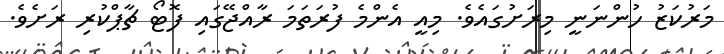
މަރުކަޒު ހުންނަނީ މިރަށުގައެވެ. މިއީ އެންމެ ފުރަތަމަ ރާއްޖޭގައި ފޮޓޯ ޗާޕްކުރި ރަށެވެ.